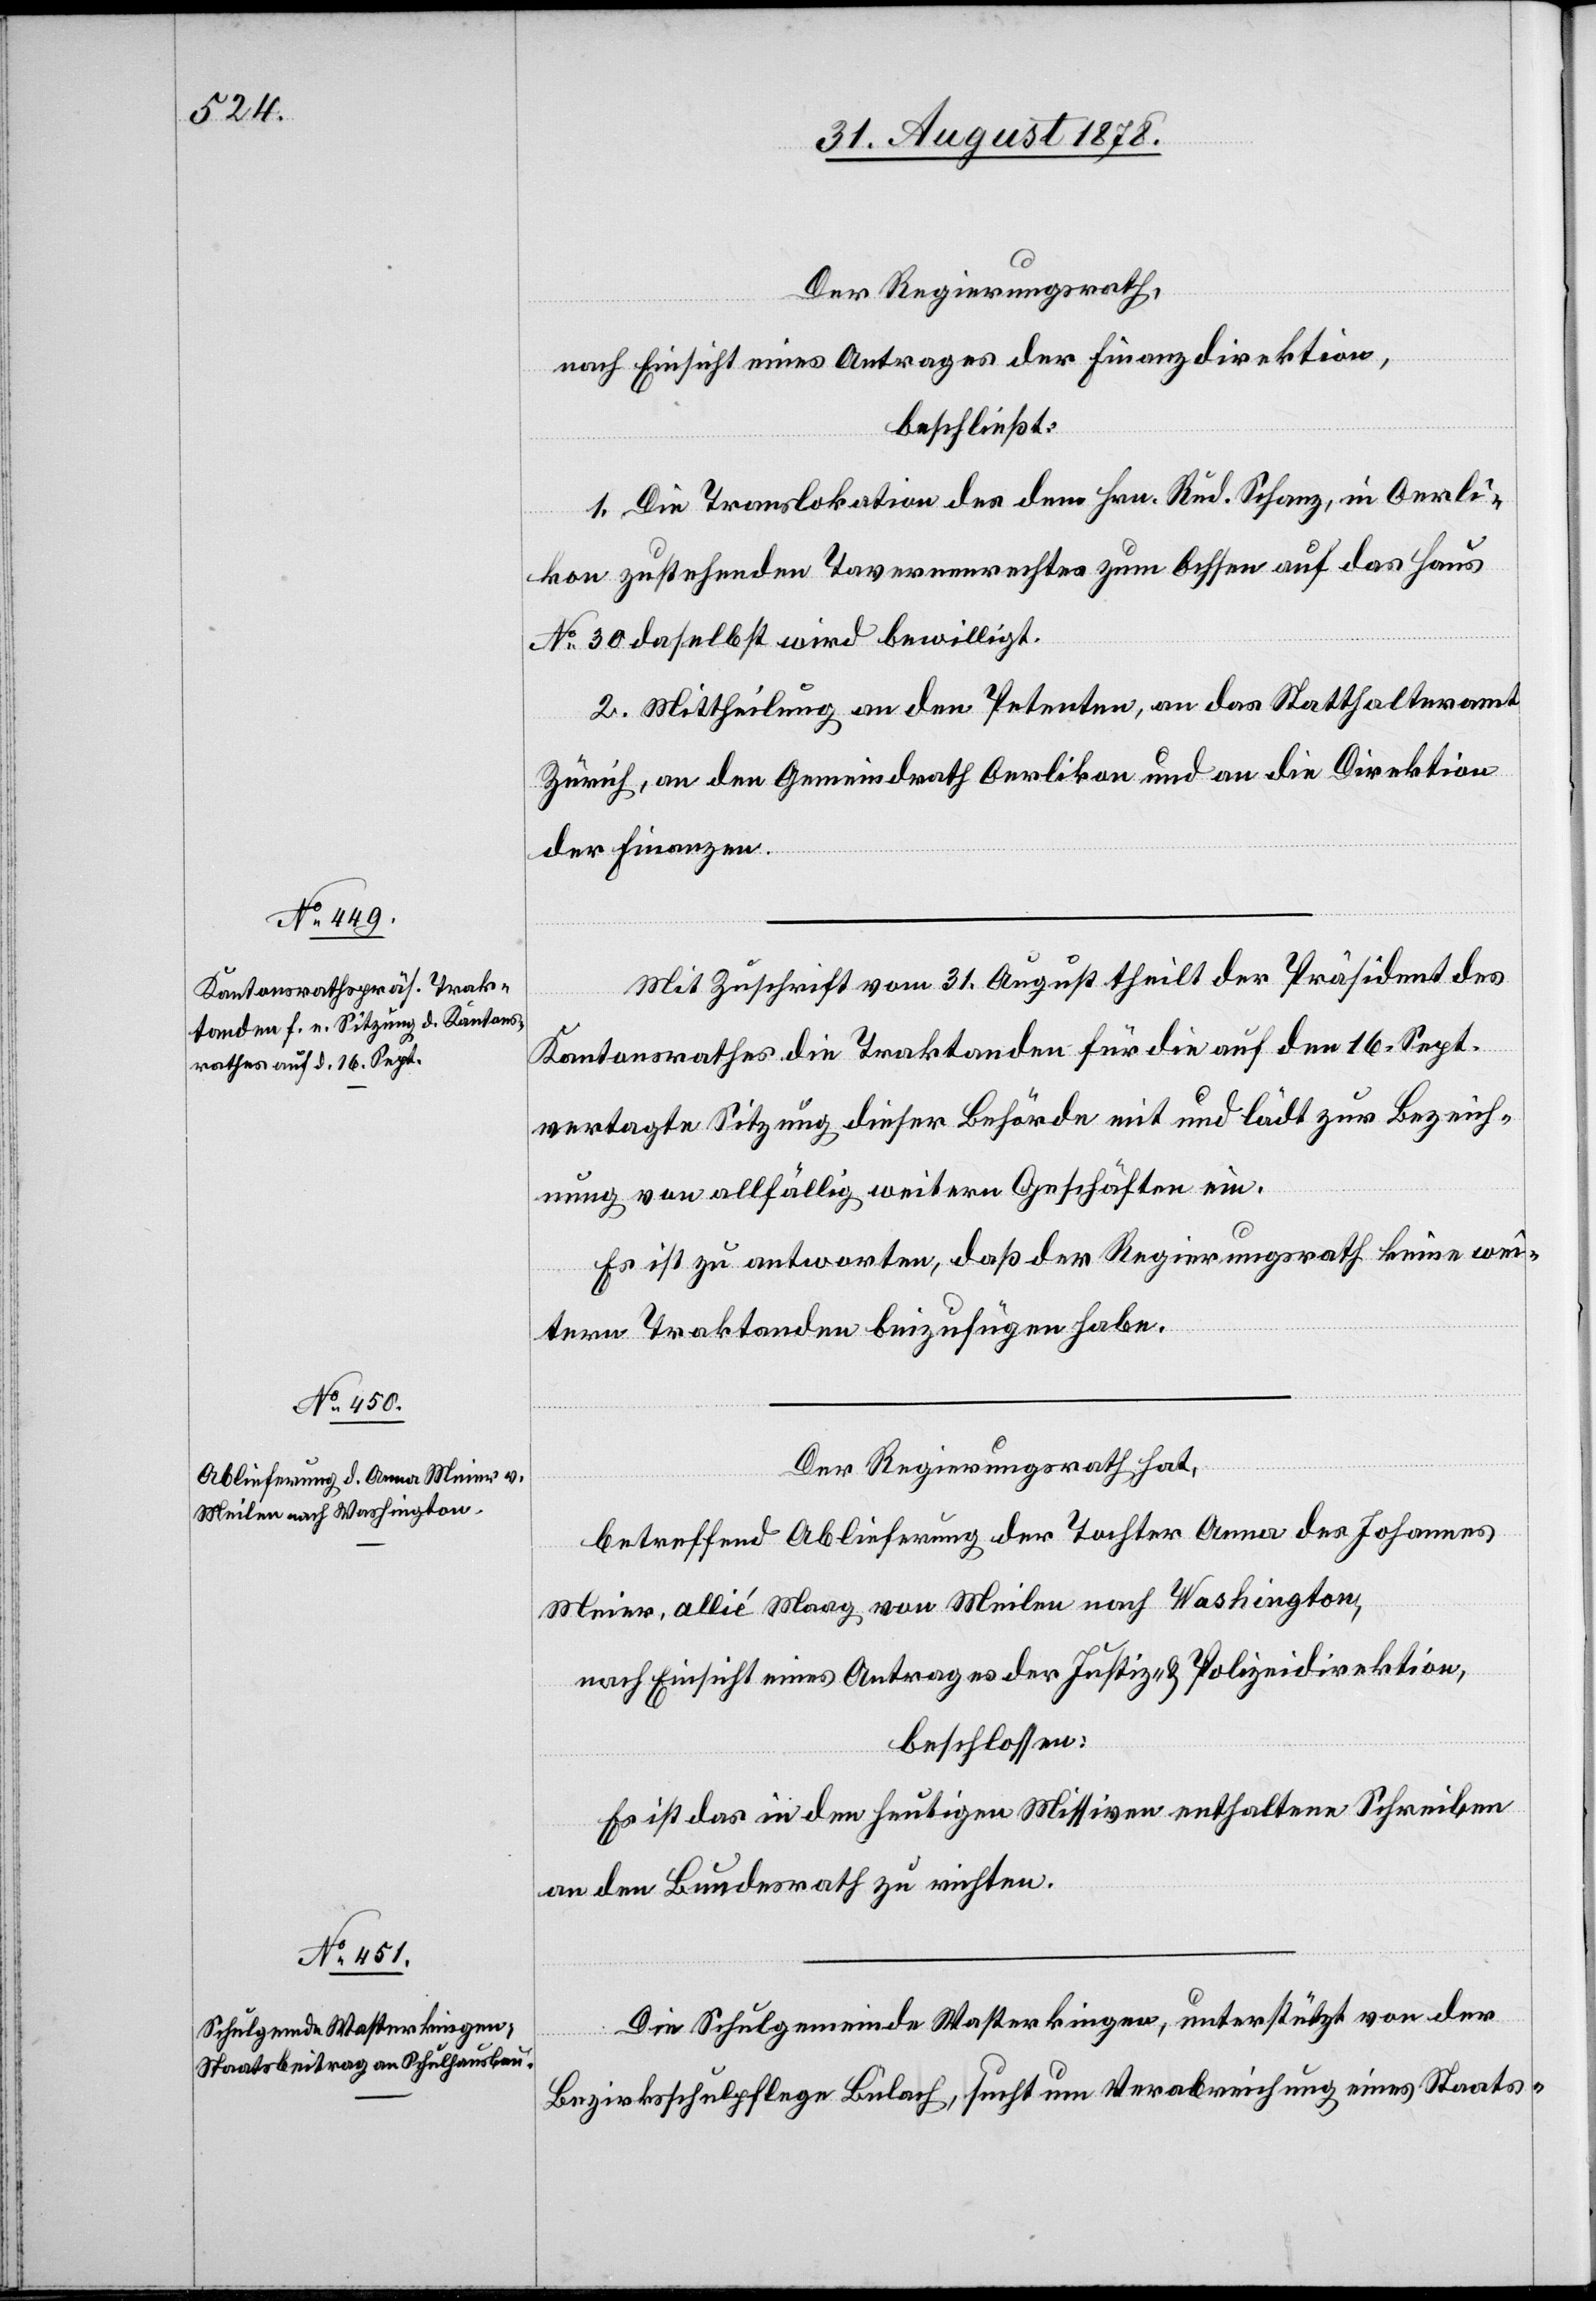
Der Regierungsrath
nach Einsicht eines Antrages der Finanzdirektion,
beschließt:
1. Die Translokation des dem Hrn. Rud. Schanz, in Oerli¬
kon zustehenden Tavernenrechtes zum Ochsen auf das Haus
No 30 daselbst wird bewilligt.
2. Mittheilung an den Petenten, an das Statthalteramt
Zürich, an den Gemeindrath Oerlikon und an die Direktion
der Finanzen.
Mit Zuschrift vom 31. August theilt der Präsident des
Kantonsrathes die Traktanden für die auf den 16. Sept.
vertagte Sitzung dieser Behörde mit und lädt zur Bezeich¬
nung von allfällig weitern Geschäften ein.
Es ist zu antworten, daß der Regierungsrath keine wei¬
tern Traktanden beizufügen habe.
Der Regierungsrath hat,
betreffend Ablieferung der Tochter Anna des Johannes
Meier, allié Maag von Meilen nach Washington,
nach Einsicht eines Antrages der Justiz- & Polizeidirektion,
beschlossen:
Es ist das in den heutigen Missiven enthaltene Schreiben
an den Bundesrath zu richten.
Die Schulgemeinde Wasterkingen, unterstützt von der
Bezirksschulpflege Bülach, sucht um Verabreichung eines Staats-